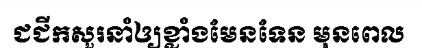
ជជីកសួរនាំឲ្យខ្លាំងមែនទែន មុនពេល